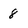
Character: 8